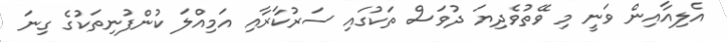
އެލިއާއިން ވަނީ މި ވޭތުވެދިޔަ ދުވަސް ތަކުގައި ސަރުކާރާއި އަމިއްލަ ކުންފުނިތަކުގެ ގިނަ